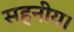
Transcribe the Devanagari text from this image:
सहनीय।